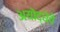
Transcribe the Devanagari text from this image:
अयोद्धेचे